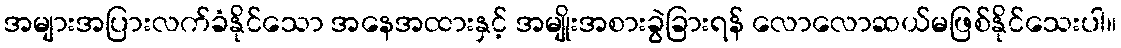
အများအပြားလက်ခံနိုင်သော အနေအထားနှင့် အမျိုးအစားခွဲခြားရန် လောလောဆယ်မဖြစ်နိုင်သေးပါ။